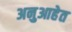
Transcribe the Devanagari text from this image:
अनुआहेत